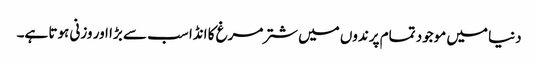
دنیا میں موجود تمام پرندوں میں شترمرغ کا انڈا سب سے بڑا اور وزنی ہوتا ہے۔